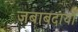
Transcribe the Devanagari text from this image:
जबाबदार्या